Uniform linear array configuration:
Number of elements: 32
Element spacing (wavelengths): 0.25
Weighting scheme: cosine
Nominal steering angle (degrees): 30
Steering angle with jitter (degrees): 29.43
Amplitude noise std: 0.05
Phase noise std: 0.05

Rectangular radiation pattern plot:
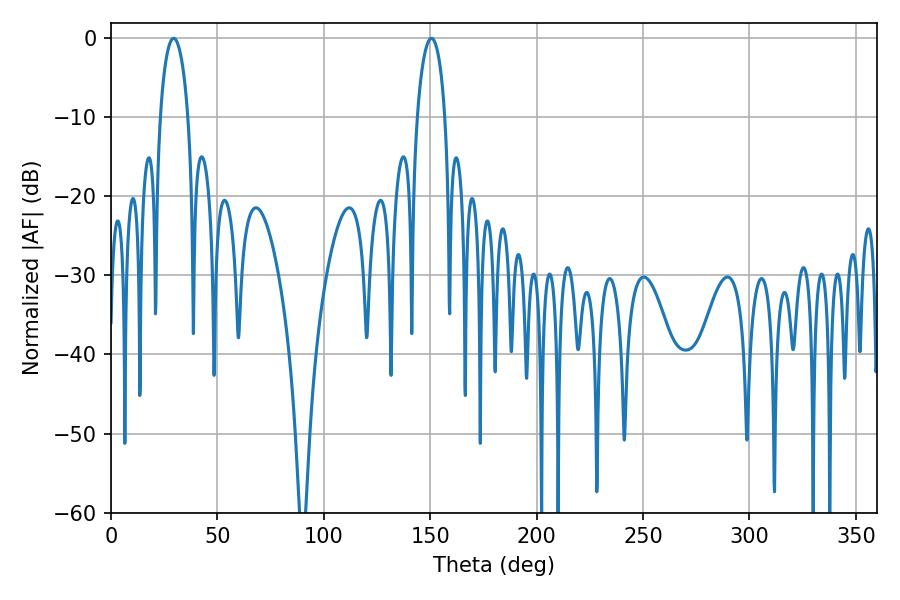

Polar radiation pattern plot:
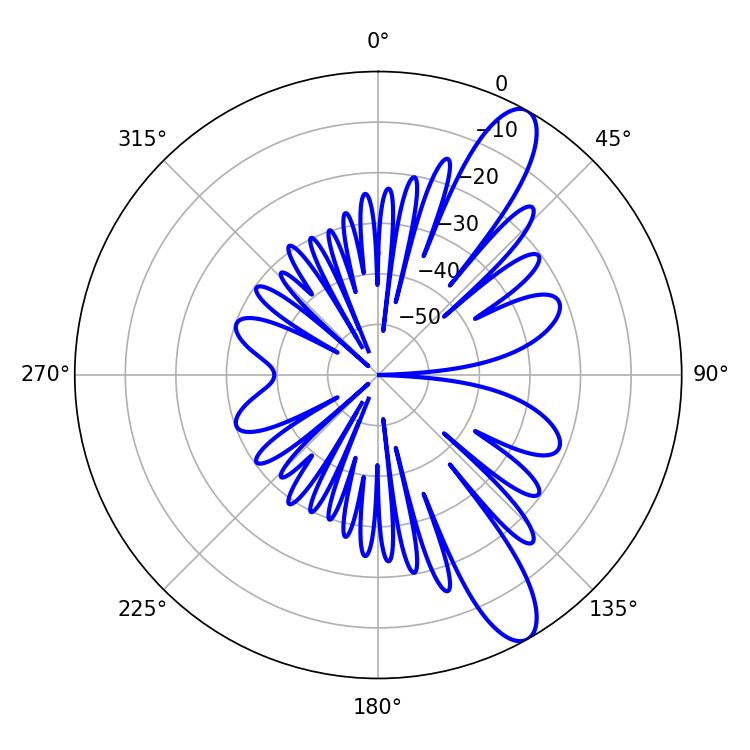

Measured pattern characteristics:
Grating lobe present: FALSE
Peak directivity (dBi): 11.462
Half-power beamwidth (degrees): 7.56
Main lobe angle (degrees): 29.52